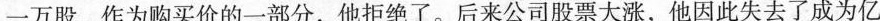
一万股，作为购买价的一部分，他拒绝了。后来公司股票大涨，他因此失去了成为亿